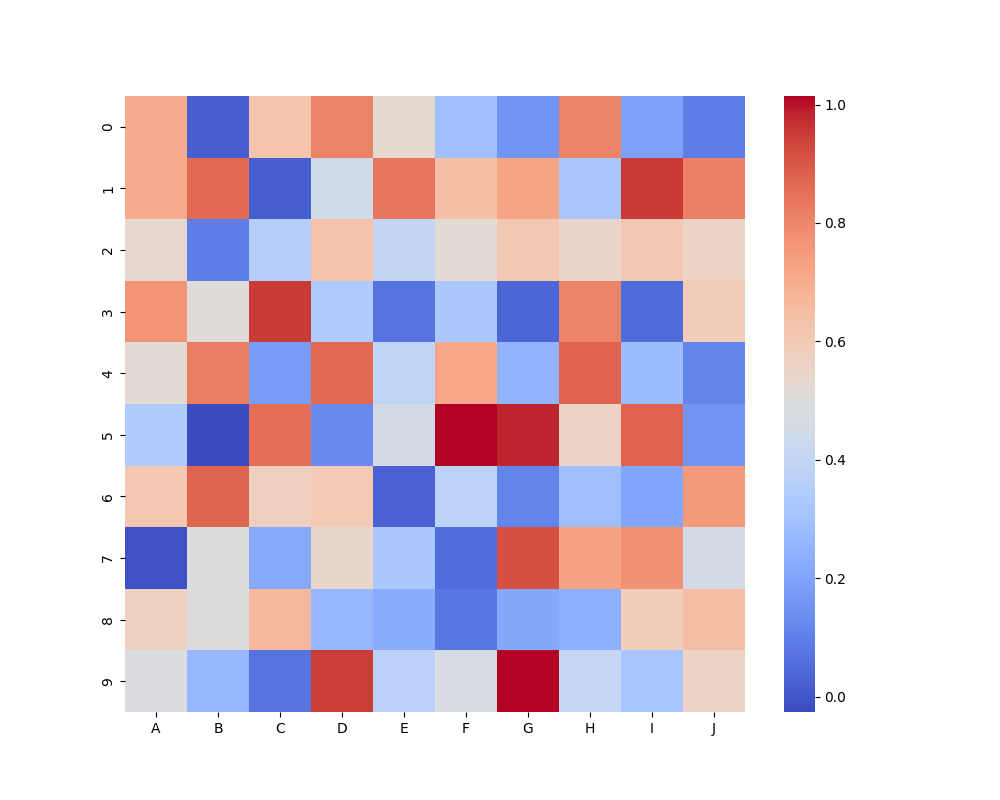
python, seaborn, heatmap, cmap='coolwarm', linewidths=0.0, center=none